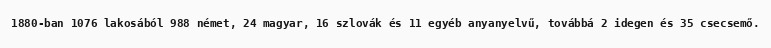
1880-ban 1076 lakosából 988 német, 24 magyar, 16 szlovák és 11 egyéb anyanyelvű, továbbá 2 idegen és 35 csecsemő.